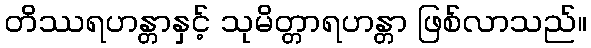
တိဿရဟန္တာနှင့် သုမိတ္တာရဟန္တာ ဖြစ်လာသည်။